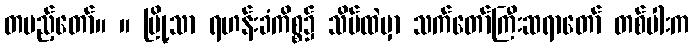
တပည့်တော်။ ။ မြို့သာ ရဟန်းခံကိစ္စ၌ သိမ်ထဲမှာ သက်တော်ကြီးဆရာတော် တစ်ပါးက